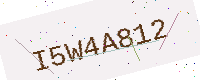
Text: I5W4A812